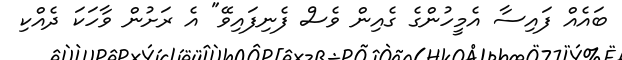
ބައެއް ފައިސާ އެމީހުންގެ ގެއިން ވެސް ފެނިފައިވޭ" އެ ރަށުން ވާހަކަ ދެއްކި